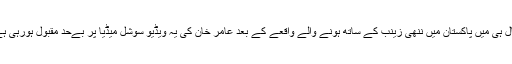
حال ہی میں پاکستان میں ننھی زینب کے ساتھ ہونے والے واقعے کے بعد عامر خان کی یہ ویڈیو سوشل میڈیا پر بےحد مقبول ہورہی ہے۔